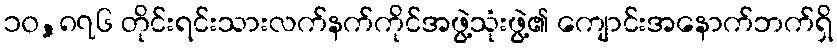
၁၀,၈၇၆ တိုင်းရင်းသားလက်နက်ကိုင်အဖွဲ့သုံးဖွဲ့၏ ကျောင်းအနောက်ဘက်ရှိ